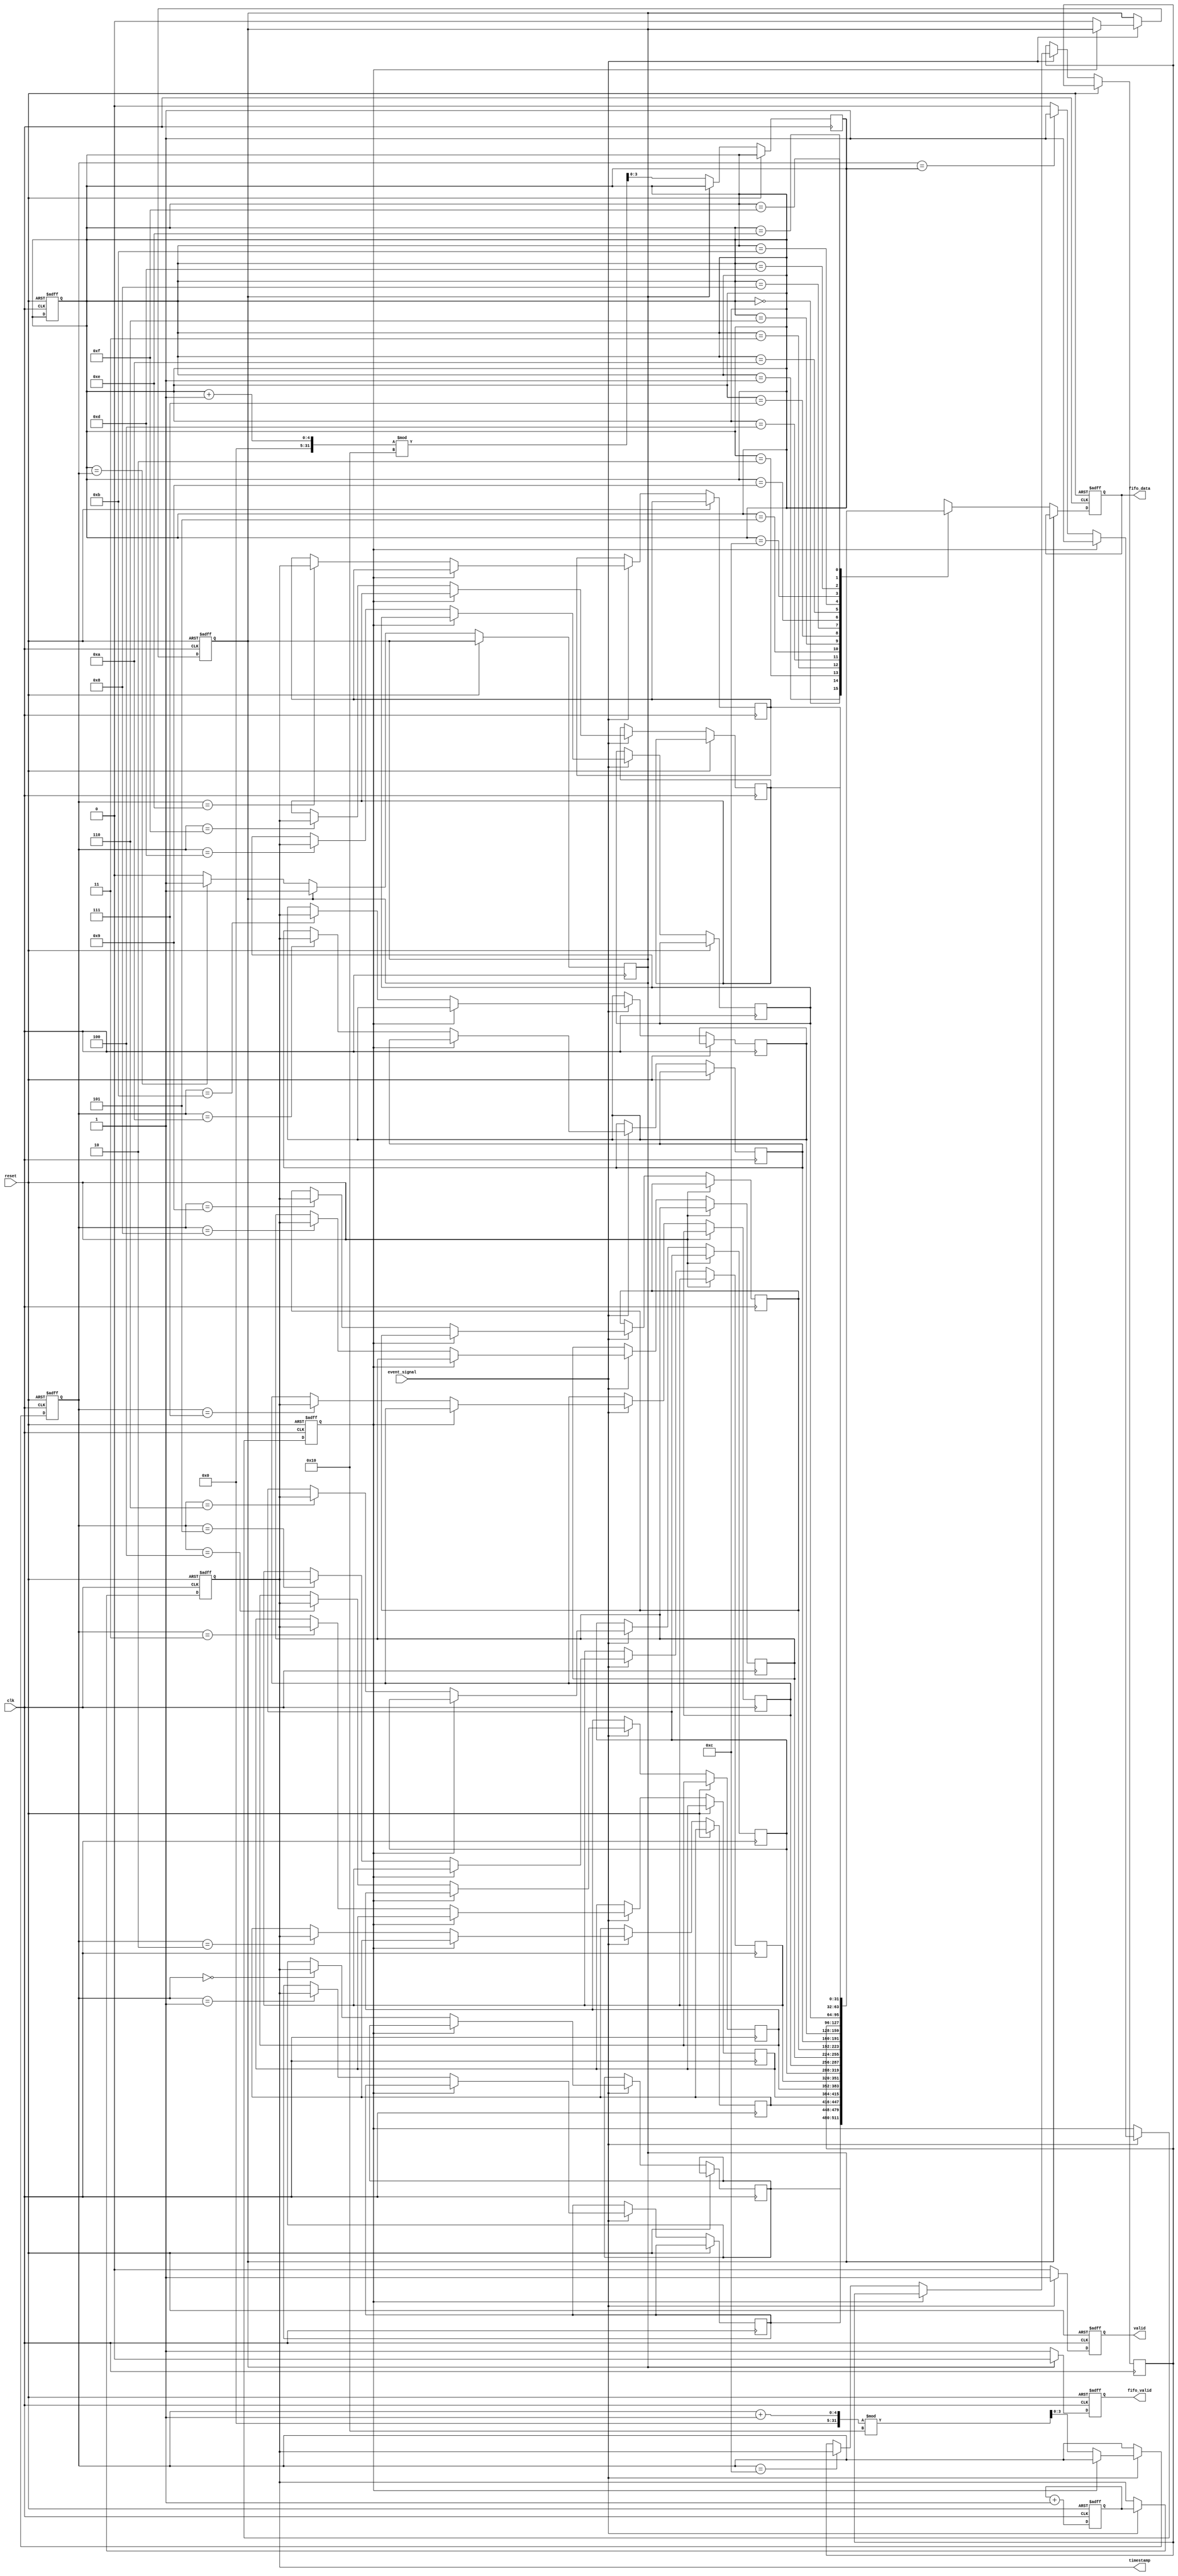
module TDC (
    input wire clk,               // High-frequency clock
    input wire reset,             // Asynchronous reset
    input wire event_signal,      // Input event signal
    output reg [31:0] timestamp,  // Output timestamp
    output reg valid,             // Indicates valid timestamp
    output reg [31:0] fifo_data,  // FIFO data output
    output reg fifo_valid         // FIFO valid signal
);

    // Parameters
    parameter MAX_FIFO_SIZE = 16; // Size of FIFO
    parameter TIME_RESOLUTION = 10; // Time resolution in picoseconds

    // Internal Signals
    reg [31:0] counter;            // Clock counter for timestamps
    reg [31:0] fifo [0:MAX_FIFO_SIZE-1]; // FIFO memory
    reg [3:0] fifo_head;           // FIFO head pointer
    reg [3:0] fifo_tail;           // FIFO tail pointer
    reg fifo_full;                 // FIFO full flag
    reg fifo_empty;                // FIFO empty flag

    // Event Detection and Timestamping
    always @(posedge clk or posedge reset) begin
        if (reset) begin
            counter <= 0;
            timestamp <= 0;
            valid <= 0;
            fifo_head <= 0;
            fifo_tail <= 0;
            fifo_full <= 0;
            fifo_empty <= 1;
        end else begin
            // Increment counter on clock
            counter <= counter + 1;

            // Detect rising edge of the event signal
            if (event_signal) begin
                timestamp <= counter; // Capture timestamp
                valid <= 1;

                // Store timestamp in FIFO if not full
                if (!fifo_full) begin
                    fifo[fifo_head] <= timestamp;
                    fifo_head <= (fifo_head + 1) % MAX_FIFO_SIZE;
                    fifo_empty <= 0;

                    // Check if FIFO is full
                    if (fifo_head == fifo_tail) begin
                        fifo_full <= 1;
                    end
                end
            end else begin
                valid <= 0; // Reset valid if no event
            end
        end
    end

    // FIFO Read Logic
    always @(posedge clk or posedge reset) begin
        if (reset) begin
            fifo_data <= 0;
            fifo_valid <= 0;
        end else begin
            // Read from FIFO if not empty
            if (!fifo_empty) begin
                fifo_data <= fifo[fifo_tail];
                fifo_tail <= (fifo_tail + 1) % MAX_FIFO_SIZE;
                fifo_valid <= 1;

                // Check if FIFO is empty after read
                if (fifo_tail == fifo_head) begin
                    fifo_empty <= 1;
                end
            end else begin
                fifo_valid <= 0; // Reset valid if FIFO is empty
            end
        end
    end

endmodule